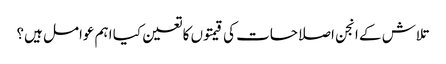
تلاش کے انجن اصلاحات کی قیمتوں کا تعین کیا اہم عوامل ہیں؟